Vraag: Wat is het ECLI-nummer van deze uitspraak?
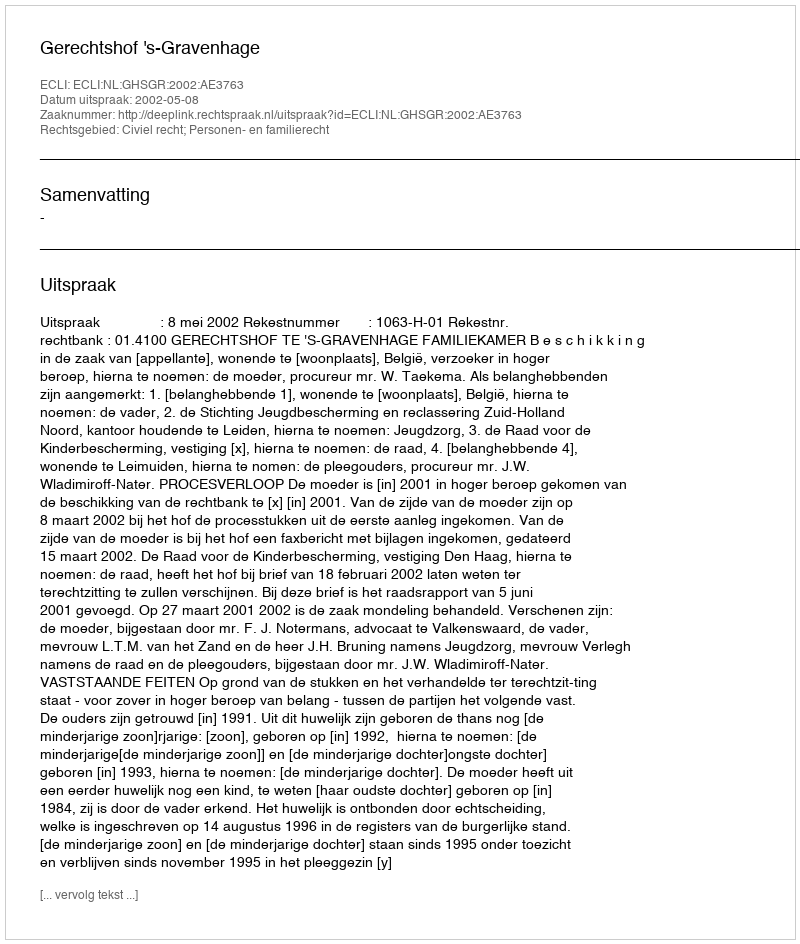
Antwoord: ECLI:NL:GHSGR:2002:AE3763